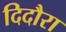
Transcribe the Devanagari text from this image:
दिदौरा